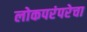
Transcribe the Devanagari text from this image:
लोकपरंपरेचा